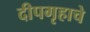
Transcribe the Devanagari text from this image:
दीपगृहाचे